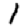
Digit: 1